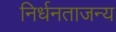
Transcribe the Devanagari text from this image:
निर्धनताजन्य